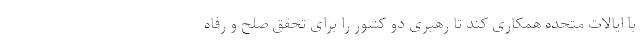
با ایالات متحده همکاری کند تا رهبری دو کشور را برای تحقق صلح و رفاه